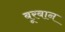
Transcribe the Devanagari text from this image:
बूरबान